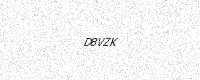
Text: D8VZK